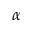
\alpha